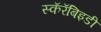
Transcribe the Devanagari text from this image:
स्कॅरॅबिइडी